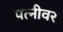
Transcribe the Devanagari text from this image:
पत्‍नीवर